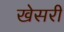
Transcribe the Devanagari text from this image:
खेसरी